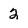
Character: 2